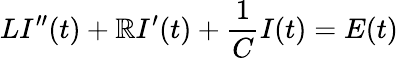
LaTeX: LI^{\prime\prime}(t)+\mathbb{R}I^{\prime}(t)+{\frac{{1}}{{C}}}I(t)=E(t)